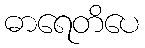
ဓာရေတိပေ